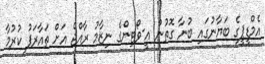
އެމްޑީޕީގެ ބަޔާނުގައި ބުނާ ގޮތުން އީ-ވޯޓިންގެ ނިޒާމު ރާއްޖެ އަށް ތައާރަފު ކުރުމާ